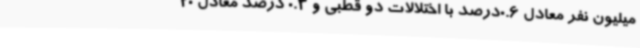
میلیون نفر معادل 0.6درصد با اختلالات دو قطبی و 0.3 درصد معادل 20